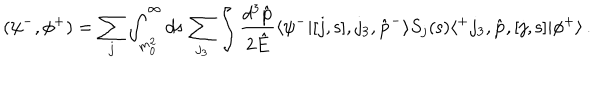
( \psi ^ { - } , \phi ^ { + } ) = \sum _ { j } \int _ { m _ { 0 } ^ { 2 } } ^ { \infty } d { \mathsf s } \, \sum _ { j _ { 3 } } \int \frac { d ^ { 3 } \hat { \bf p } } { 2 \hat { E } } \langle \psi ^ { - } | [ j , { \mathsf s } ] , j _ { 3 } , \hat { \bf p } ^ { - } \rangle S _ { j } ( { \mathsf s } ) \langle ^ { + } j _ { 3 } , \hat { \bf p } , [ j , { \mathsf s } ] | \phi ^ { + } \rangle \, .